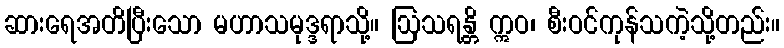
ဆားရေအတိပြီးသော မဟာသမုဒ္ဒရာသို့။ ဩသရန္တိ ဣဝ၊ စီးဝင်ကုန်သကဲ့သို့တည်း။